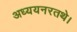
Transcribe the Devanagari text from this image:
अध्ययनरतथे।